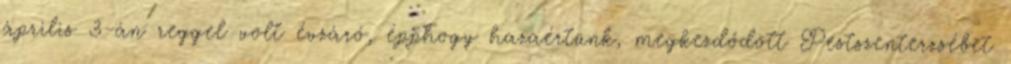
április 3-án reggel volt évzáró, épphogy hazaértünk, megkezdődött Pestszenterzsébet